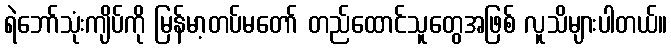
ရဲဘော်သုံးကျိပ်ကို မြန်မာ့တပ်မတော် တည်ထောင်သူတွေအဖြစ် လူသိများပါတယ်။